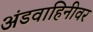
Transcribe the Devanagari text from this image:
अंडवाहिनीवर